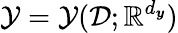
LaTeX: \mathcal{Y}=\mathcal{Y}(\mathcal{D};\mathbb{R}^{d_{\boldsymbol{y}}})